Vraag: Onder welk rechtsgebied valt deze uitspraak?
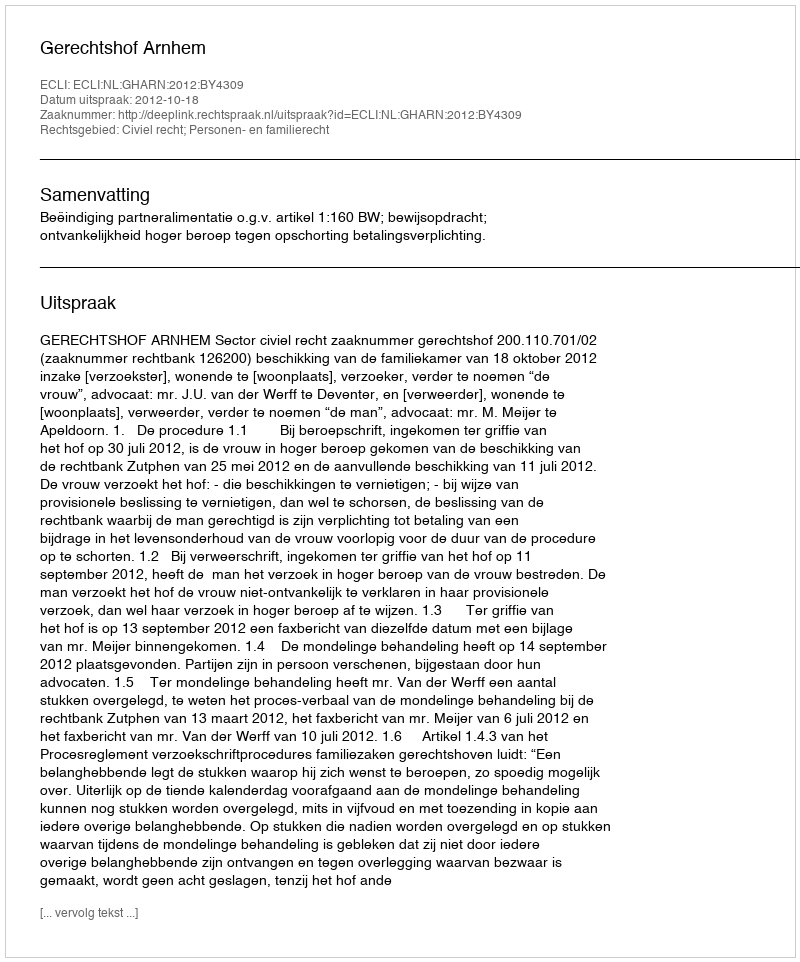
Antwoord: Civiel recht; Personen- en familierecht